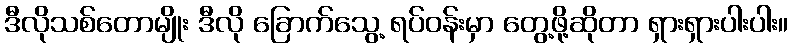
ဒီလိုသစ်တောမျိုး ဒီလို ခြောက်သွေ့ ရပ်ဝန်းမှာ တွေ့ဖို့ဆိုတာ ရှားရှားပါးပါး။